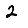
Digit: 2